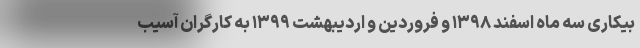
بیکاری سه ماه اسفند ۱۳۹۸ و فروردین و اردیبهشت ۱۳۹۹ به کارگران آسیب